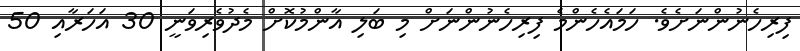
ފިރިހެނުންނަށެވެ. ހަމައެހެންމެ ފިރިހެނުންނަށް މި ބަލި އާންމުކޮށް މެދުވެރިވަނީ 30 އަހަރާއި 50